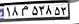
۱۸م۵۳۸۵۳